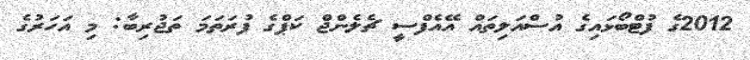
2012ގެ ފުޓްބޯޅައިގެ އުސްއަލިތައް އޭއެފްސީ ޗެލެންޖް ކަޕްގެ ފުރަތަމަ ތަޖުރިބާ: މި އަހަރުގެ